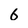
Character: 6